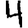
Digit: 4